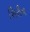
શિરીન